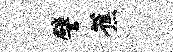
譬蕉